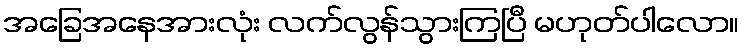
အခြေအနေအားလုံး လက်လွန်သွားကြပြီ မဟုတ်ပါလော။